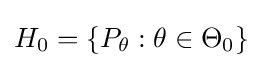
H_{0}=\{P_{\theta }:\theta \in \Theta _{0}\}